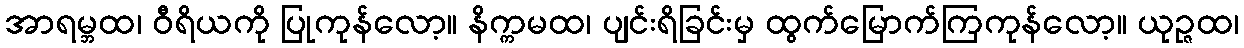
အာရမ္ဘထ၊ ဝီရိယကို ပြုကုန်လော့။ နိက္ကမထ၊ ပျင်းရိခြင်းမှ ထွက်မြောက်ကြကုန်လော့။ ယုဉ္ဇထ၊